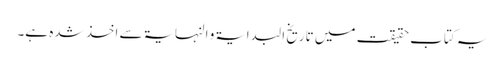
یہ کتاب حقیقت میں تاریخ البدایۃ و النہایۃ سے اخذ شدہ ہے۔